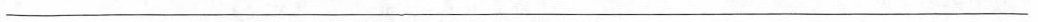
___